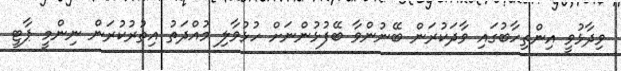
ވިދާޅުވީ އިންތިހާބުގައި ވާދަކުރަން ބޭނުންވާ ބޭފުޅުންނަށް ހުޅުވާލި މުއްދަތު އިތުރުކުރަން ނިންމީ ޕާޓީ